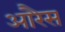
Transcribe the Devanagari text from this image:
आरैस